Vaccination in Bombay 1863-1868 - 1863-1868
Year: 1863
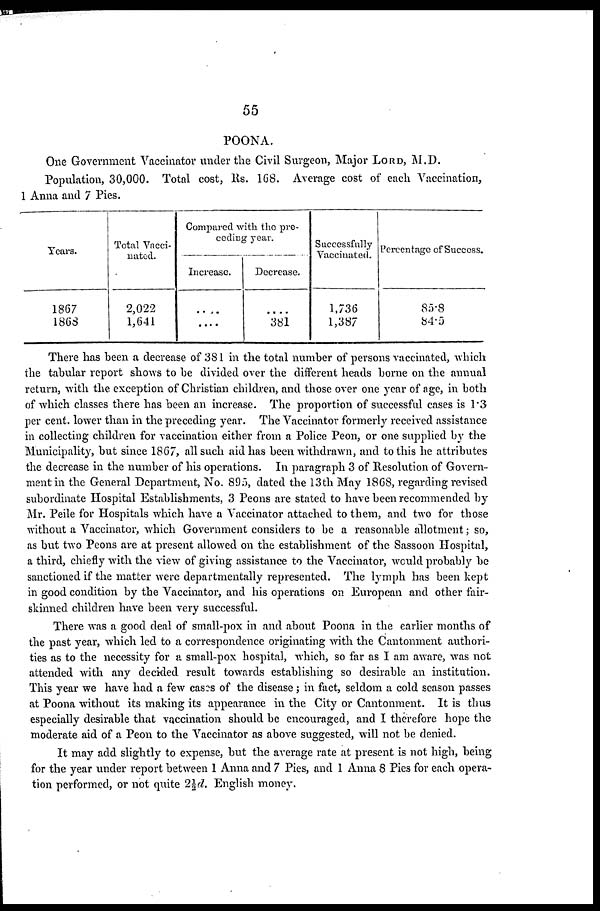
55
POONA.
One Government Vaccinator under the Civil Surgeon, Major LORD, M.D.
Population, 30,000. Total cost, Rs. 168. Average cost of each Vaccination,
1 Anna and 7 Pies.
Years.
1867
1868
Total Vacci-
nated.
2,022
1,641
Compared with the pre-
ceding year.
Increase.
....
....
Decrease.
....
381
Successfully
Vaccinated.
1,736
1,387
Percentage of Success.
85.8
84.5
There has been a decrease of 381 in the total number of persons vaccinated, which
the tabular report shows to be divided over the different heads borne on the annual
return, with the exception of Christian children, and those over one year of age, in both
of which classes there has been an increase. The proportion of successful cases is 1.3
per cent. lower than in the preceding year. The Vaccinator formerly received assistance
in collecting children for vaccination either from a Police Peon, or one supplied by the
Municipality, but since 1867, all such aid has been withdrawn, and to this he attributes
the decrease in the number of his operations. In paragraph 3 of Resolution of Govern-
ment in the General Department, No. 895, dated the 13th May 1868, regarding revised
subordinate Hospital Establishments, 3 Peons are stated to have been recommended by
Mr. Peile for Hospitals which have a Vaccinator attached to them, and two for those
without a Vaccinator, which Government considers to be a reasonable allotment; so,
as but two Peons are at present allowed on the establishment of the Sassoon Hospital,
a third, chiefly with the view of giving assistance to the Vaccinator, would probably be
sanctioned if the matter were departmentally represented. The lymph has been kept
in good condition by the Vaccinator, and his operations on European and other fair-
skinned children have been very successful.
There was a good deal of small-pox in and about Poona in the earlier months of
the past year, which led to a correspondence originating with the Cantonment authori-
ties as to the necessity for a small-pox hospital, which, so far as I am aware, was not
attended with any decided result towards establishing so desirable an institution.
This year we have had a few cases of the disease; in fact, seldom a cold season passes
at Poona without its making its appearance in the City or Cantonment. It is thus
especially desirable that vaccination should be encouraged, and I therefore hope the
moderate aid of a Peon to the Vaccinator as above suggested, will not be denied.
It may add slightly to expense, but the average rate at present is not high, being
for the year under report between 1 Anna and 7 Pies, and 1 Anna 8 Pies for each opera-
tion performed, or not quite 2½d. English money.